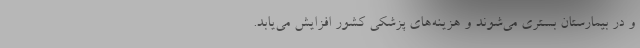
و در بیمارستان بستری می‌شوند و هزینه‌های پزشکی کشور افزایش می‌یابد.